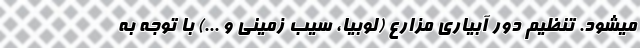
میشود. تنظیم دور آبیاری مزارع (لوبیا، سیب زمینی و ...) با توجه به